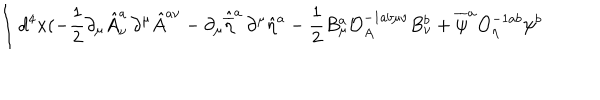
LaTeX: \int d ^ { 4 } x ( - \frac { 1 } { 2 } \partial _ { \mu } { \hat { A } } _ { \nu } ^ { a } \, \partial ^ { \mu } { \hat { A } } ^ { a \nu } - \partial _ { \mu } { \hat { \overline { { { \eta } } } } } ^ { a } \, \partial ^ { \mu } { \hat { \eta } } ^ { a } - \frac { 1 } { 2 } B _ { \mu } ^ { a } { \mathcal { O } } _ { A } ^ { - 1 a b \mu \nu } B _ { \nu } ^ { b } + { \overline { { { \psi } } } } ^ { a } { \mathcal { O } } _ { \eta } ^ { - 1 a b } \psi ^ { b }